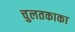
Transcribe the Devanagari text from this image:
चुलतकाका